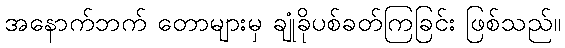
အနောက်ဘက် တောများမှ ချုံခိုပစ်ခတ်ကြခြင်း ဖြစ်သည်။